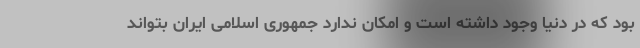
بود که در دنیا وجود داشته است و امکان ندارد جمهوری اسلامی ایران بتواند